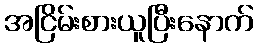
အငြိမ်းစားယူပြီးနောက်